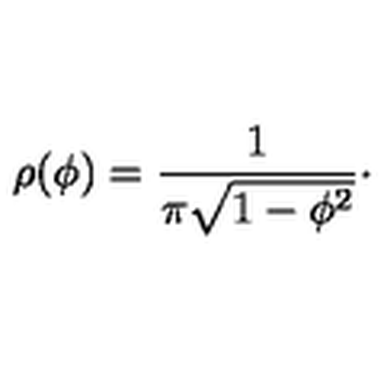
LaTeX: \rho ( \phi ) = { \frac { 1 } { \pi \sqrt { 1 - \phi ^ { 2 } } } } \cdotp